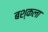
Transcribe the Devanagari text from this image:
बश्कला